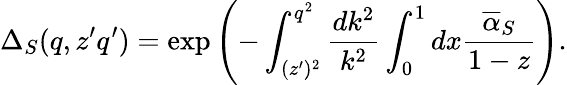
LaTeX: \Delta_{S}(q,z^{\prime}q^{\prime})=\exp\left(-\int_{(z^{\prime})^{2}}^{q^{2}}\frac{dk^{2}}{k^{2}}\int_{0}^{1}dx\frac{{\overline{{\alpha}}}_{S}}{1-z}\right).